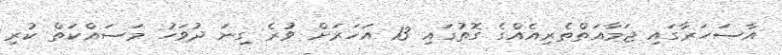
އާސަހަރާގައި ޖަމާއަތްތެރިއެއްގެ ގޮތުގައި 13 އަހަރަށް ވުރެ ގިނަ ދުވަހު މަސައްކަތް ކުރި